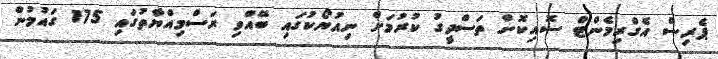
ޕެރިސް އެގްރިމެންޓް ސޮއިކޮށް ތަސްދީގު ކުރުމަށް ނިއުޔޯކުގައި ބޭއްވި ރަސްމިއްޔާތުގައި 175 ގައުމުން